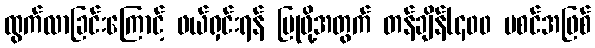
ထွက်လာခြင်းကြောင့် ဖယ်ရှင်းရန် ပြုဖို့အတွက် တန်ချိန်(၄၀၀ မစင်အဖြစ်